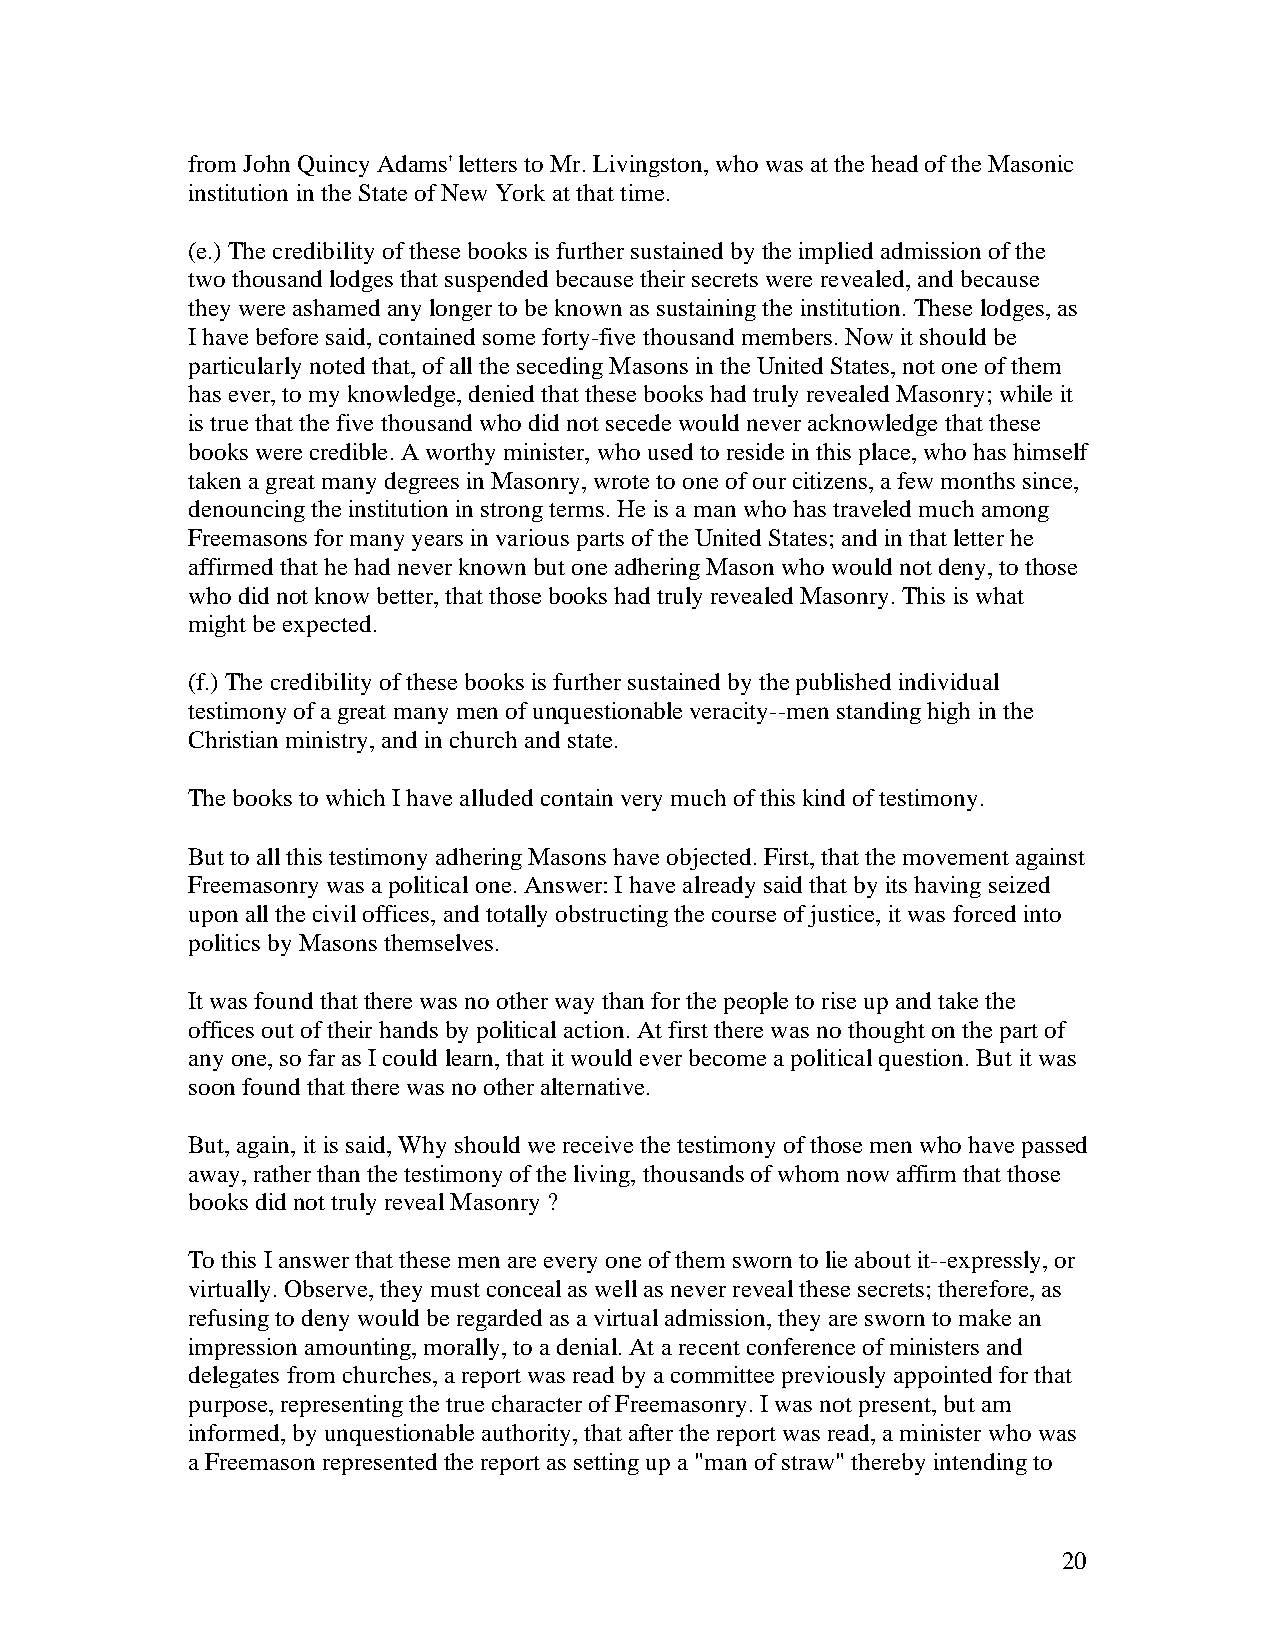
from John Quincy Adams' letters to Mr. Livingston, who was at the head of the Masonic
 institution in the State of New York at that time.
 (e.) The credibility of these books is further sustained by the implied admission of the
 two thousand lodges that suspended because their secrets were revealed, and because
 they were ashamed any longer to be known as sustaining the institution. These lodges, as
 I have before said, contained some forty-five thousand members. Now it should be
 particularly noted that, of all the seceding Masons in the United States, not one of them
 has ever, to my knowledge, denied that these books had truly revealed Masonry; while it
 is true that the five thousand who did not secede would never acknowledge that these
 books were credible. A worthy minister, who used to reside in this place, who has himself
 taken a great many degrees in Masonry, wrote to one of our citizens, a few months since,
 denouncing the institution in strong terms. He is a man who has traveled much among
 Freemasons for many years in various parts of the United States; and in that letter he
 affirmed that he had never known but one adhering Mason who would not deny, to those
 who did not know better, that those books had truly revealed Masonry. This is what
 might be expected.
 (f.) The credibility of these books is further sustained by the published individual
 testimony of a great many men of unquestionable veracity--men standing high in the
 Christian ministry, and in church and state.
 The books to which I have alluded contain very much of this kind of testimony.
 But to all this testimony adhering Masons have objected. First, that the movement against
 Freemasonry was a political one. Answer: I have already said that by its having seized
 upon all the civil offices, and totally obstructing the course of justice, it was forced into
 politics by Masons themselves.
 It was found that there was no other way than for the people to rise up and take the
 offices out of their hands by political action. At first there was no thought on the part of
 any one, so far as I could learn, that it would ever become a political question. But it was
 soon found that there was no other alternative.
 But, again, it is said, Why should we receive the testimony of those men who have passed
 away, rather than the testimony of the living, thousands of whom now affirm that those
 books did not truly reveal Masonry ?
 To this I answer that these men are every one of them sworn to lie about it--expressly, or
 virtually. Observe, they must conceal as well as never reveal these secrets; therefore, as
 refusing to deny would be regarded as a virtual admission, they are sworn to make an
 impression amounting, morally, to a denial. At a recent conference of ministers and
 delegates from churches, a report was read by a committee previously appointed for that
 purpose, representing the true character of Freemasonry. I was not present, but am
 informed, by unquestionable authority, that after the report was read, a minister who was
 a Freemason represented the report as setting up a "man of straw" thereby intending to
 20